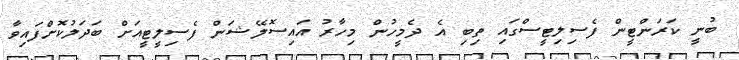
ބުނީ ކަރަންޓީން ފެސިލިޓީސްގައި ތިބި އެ ދެމީހުން މިހާރު އައިސޮލޭޝަން ފެސިލީޓީއަށް ބަދަލުކޮށްފައިވާ